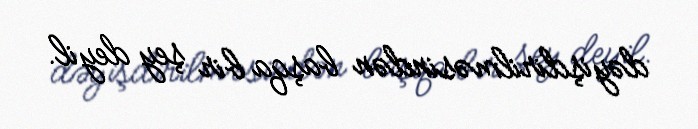
dəyişdirilməsindən başqa bir şey deyil.